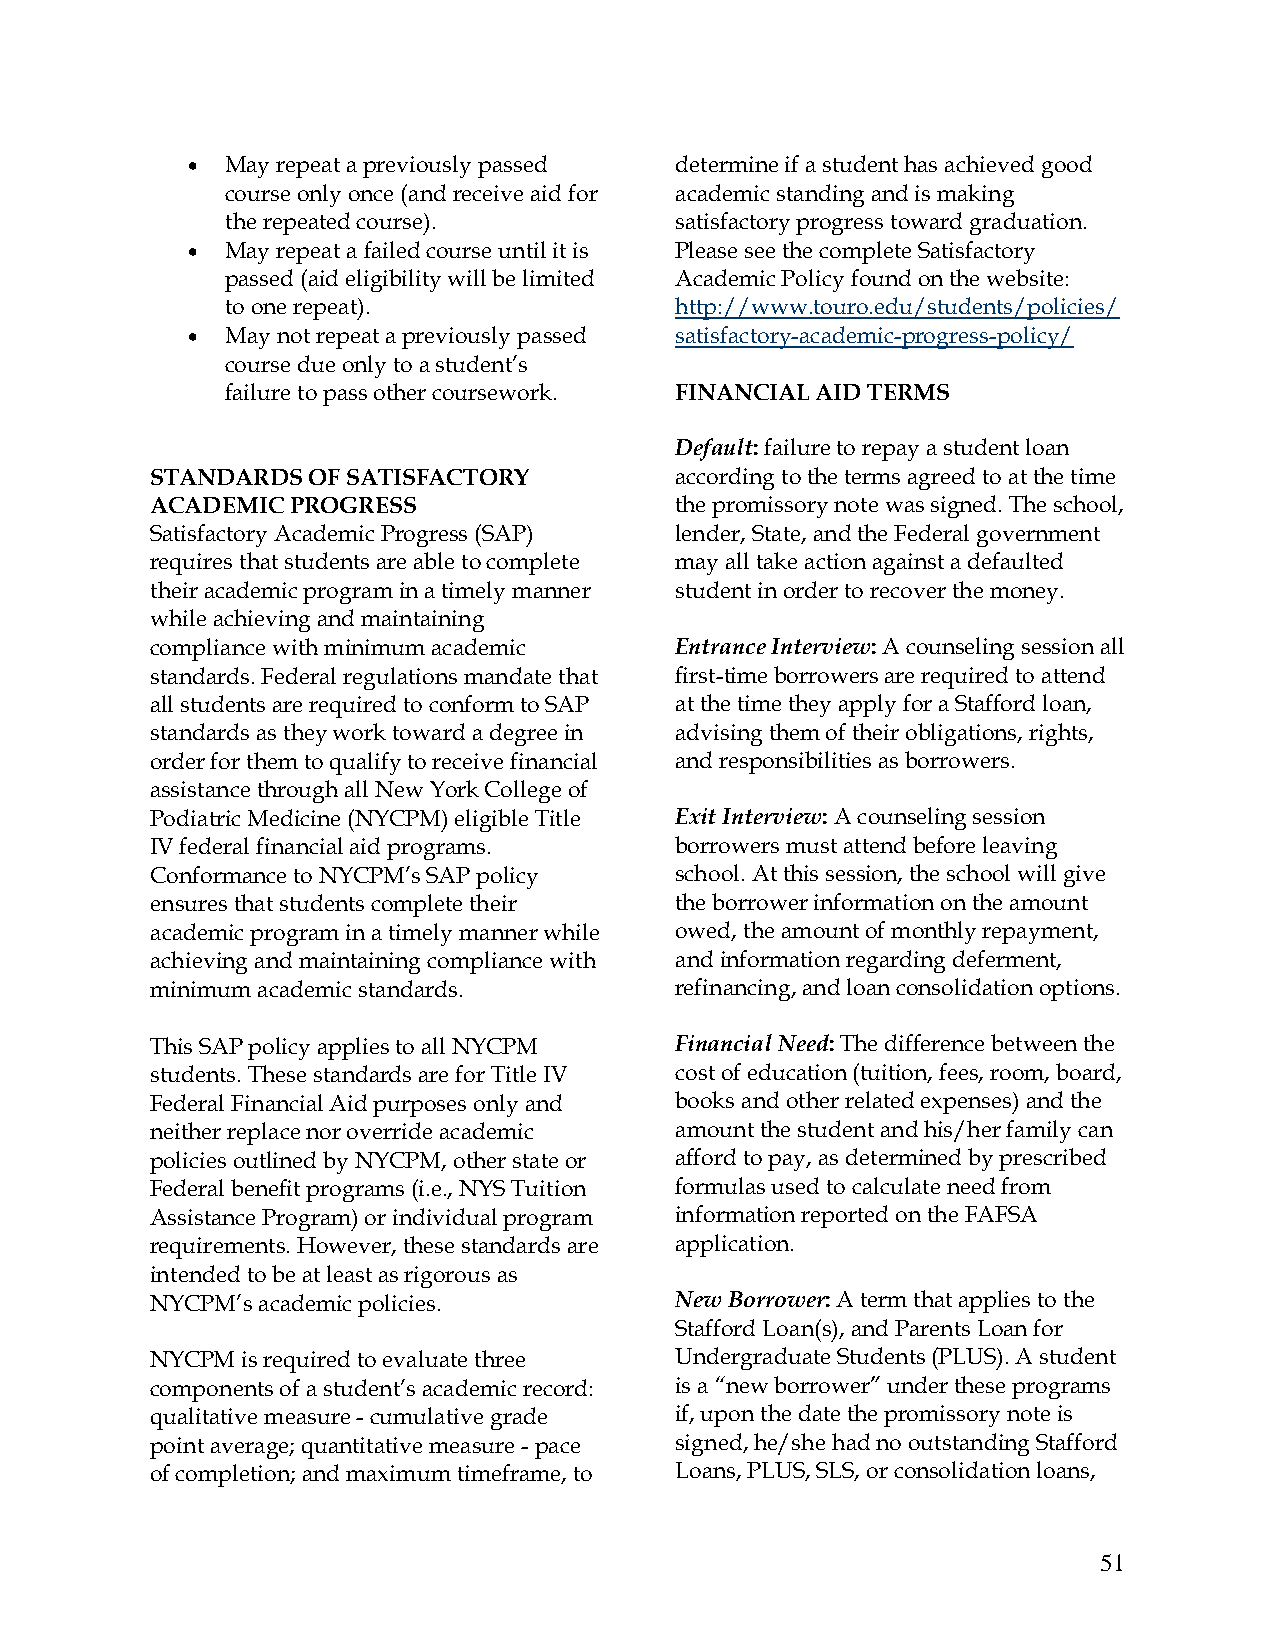
•  May repeat a previously passed determine if a student has achieved good
 course only once (and receive aid for academic standing and is making
 the repeated course).         satisfactory progress toward graduation.
 •  May repeat a failed course until it is Please see the complete Satisfactory
 passed (aid eligibility will be limited Academic Policy found on the website:
 to one repeat).               http://www.touro.edu/students/policies/
 •  May not repeat a previously passed satisfactory-academic-progress-policy/
 course due only to a student’s
 failure to pass other coursework. FINANCIAL AID TERMS
 Default: failure to repay a student loan
 STANDARDS OF SATISFACTORY          according to the terms agreed to at the time
 ACADEMIC PROGRESS                  the promissory note was signed. The school,
 Satisfactory Academic Progress (SAP) lender, State, and the Federal government
 requires that students are able to complete may all take action against a defaulted
 their academic program in a timely manner student in order to recover the money.
 while achieving and maintaining
 compliance with minimum academic   Entrance Interview: A counseling session all
 standards. Federal regulations mandate that first-time borrowers are required to attend
 all students are required to conform to SAP at the time they apply for a Stafford loan,
 standards as they work toward a degree in advising them of their obligations, rights,
 order for them to qualify to receive financial and responsibilities as borrowers.
 assistance through all New York College of
 Podiatric Medicine (NYCPM) eligible Title Exit Interview: A counseling session
 IV federal financial aid programs. borrowers must attend before leaving
 Conformance to NYCPM’s SAP policy  school. At this session, the school will give
 ensures that students complete their the borrower information on the amount
 academic program in a timely manner while owed, the amount of monthly repayment,
 achieving and maintaining compliance with and information regarding deferment,
 minimum academic standards.        refinancing, and loan consolidation options.
 This SAP policy applies to all NYCPM Financial Need: The difference between the
 students. These standards are for Title IV cost of education (tuition, fees, room, board,
 Federal Financial Aid purposes only and books and other related expenses) and the
 neither replace nor override academic amount the student and his/her family can
 policies outlined by NYCPM, other state or afford to pay, as determined by prescribed
 Federal benefit programs (i.e., NYS Tuition formulas used to calculate need from
 Assistance Program) or individual program information reported on the FAFSA
 requirements. However, these standards are application.
 intended to be at least as rigorous as
 NYCPM’s academic policies.         New Borrower: A term that applies to the
 Stafford Loan(s), and Parents Loan for
 NYCPM is required to evaluate three Undergraduate Students (PLUS). A student
 components of a student’s academic record: is a “new borrower” under these programs
 qualitative measure - cumulative grade if, upon the date the promissory note is
 point average; quantitative measure - pace signed, he/she had no outstanding Stafford
 of completion; and maximum timeframe, to Loans, PLUS, SLS, or consolidation loans,
 51